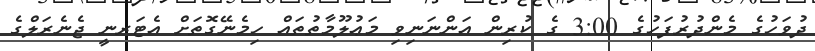
ދުވަހުގެ މެންދުރުފަހުގެ 3:00 ގެ ކުރިން އަންނަނިވި މަޢުލޫމާތުތައް ހިމެނޭގޮތަށް އެޓަރނީ ޖެނެރަލްގެ